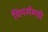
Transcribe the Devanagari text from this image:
विमर्शमयी